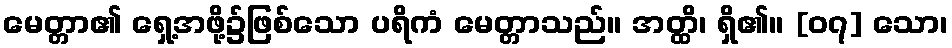
မေတ္တာ၏ ရှေ့အဖို့၌ဖြစ်သော ပရိကံ မေတ္တာသည်။ အတ္ထိ၊ ရှိ၏။ [၀၇] သော၊